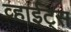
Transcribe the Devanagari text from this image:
व्हाईट्स